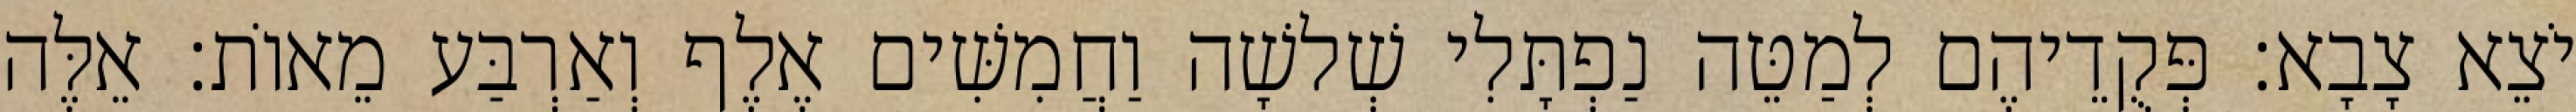
יֹצֵא צָבָא׃ פְּקֻדֵיהֶם לְמַטֵּה נַפְתָּלִי שְׁלשָׁה וַחֲמִשִּׁים אֶלֶף וְאַרְבַּע מֵאוֹת׃ אֵלֶּה